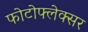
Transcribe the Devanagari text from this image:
फोटोफ्लेक्सर